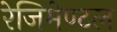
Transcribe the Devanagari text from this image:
रेजिमेण्टल